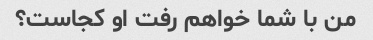
من با شما خواهم رفت او کجاست؟